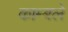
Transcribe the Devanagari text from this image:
काम्बले